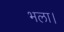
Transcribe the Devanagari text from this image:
भला।